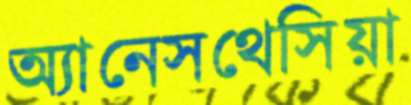
অ্যানেসথেসিয়া